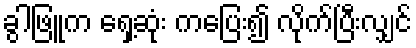
ခွါဖြူက ရှေ့ဆုံး ကပြေး၍ လိုက်ပြီးလျှင်